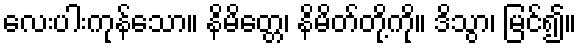
လေးပါးကုန်သော။ နိမိတ္တေ၊ နိမိတ်တို့ကို။ ဒိသွာ၊ မြင်၍။